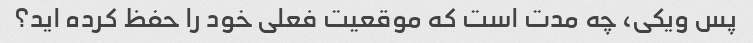
پس ویکی، چه مدت است که موقعیت فعلی خود را حفظ کرده اید؟